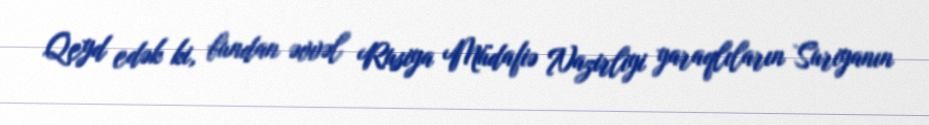
Qeyd edək ki, bundan əvvəl Rusiya Müdafiə Nazirliyi yaraqlıların Suriyanın